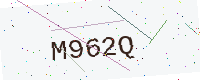
Text: M962Q